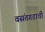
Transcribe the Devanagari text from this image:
वसंतगडाची